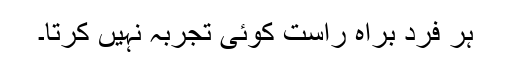
ہر فرد براہ راست کوئی تجربہ نہیں کرتا۔